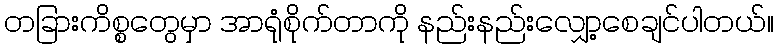
တခြားကိစ္စတွေမှာ အာရုံစိုက်တာကို နည်းနည်းလျှော့စေချင်ပါတယ်။